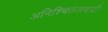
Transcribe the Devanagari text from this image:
अनिश्चिततावादी